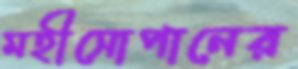
মহীসোপানের